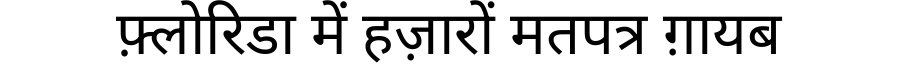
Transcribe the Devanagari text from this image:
फ़्लोरिडा में हज़ारों मतपत्र ग़ायब